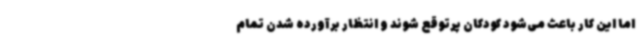
اما این کار باعث می‌شود کودکان پرتوقع شوند و انتظار برآورده شدن تمام